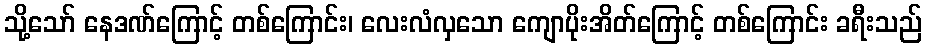
သို့သော် နေဒဏ်ကြောင့် တစ်ကြောင်း၊ လေးလံလှသော ကျောပိုးအိတ်ကြောင့် တစ်ကြောင်း ခရီးသည်